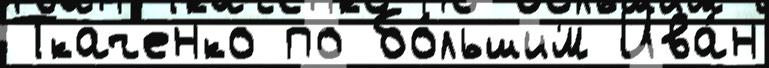
Ткаченко по бо́льшим Ива́н